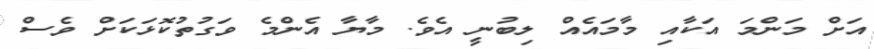
އަށް މަންމަ އަކާއި މާމައެއް ލިބުނީ އެވެ. މާޔާ އެންމެ ވަގުތުކޮޅަކަށް ވެސް